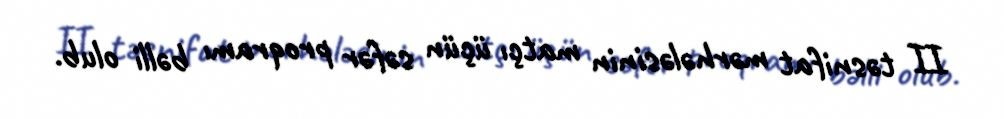
II təsnifat mərhələsinin matçı üçün səfər proqramı bəlli olub.